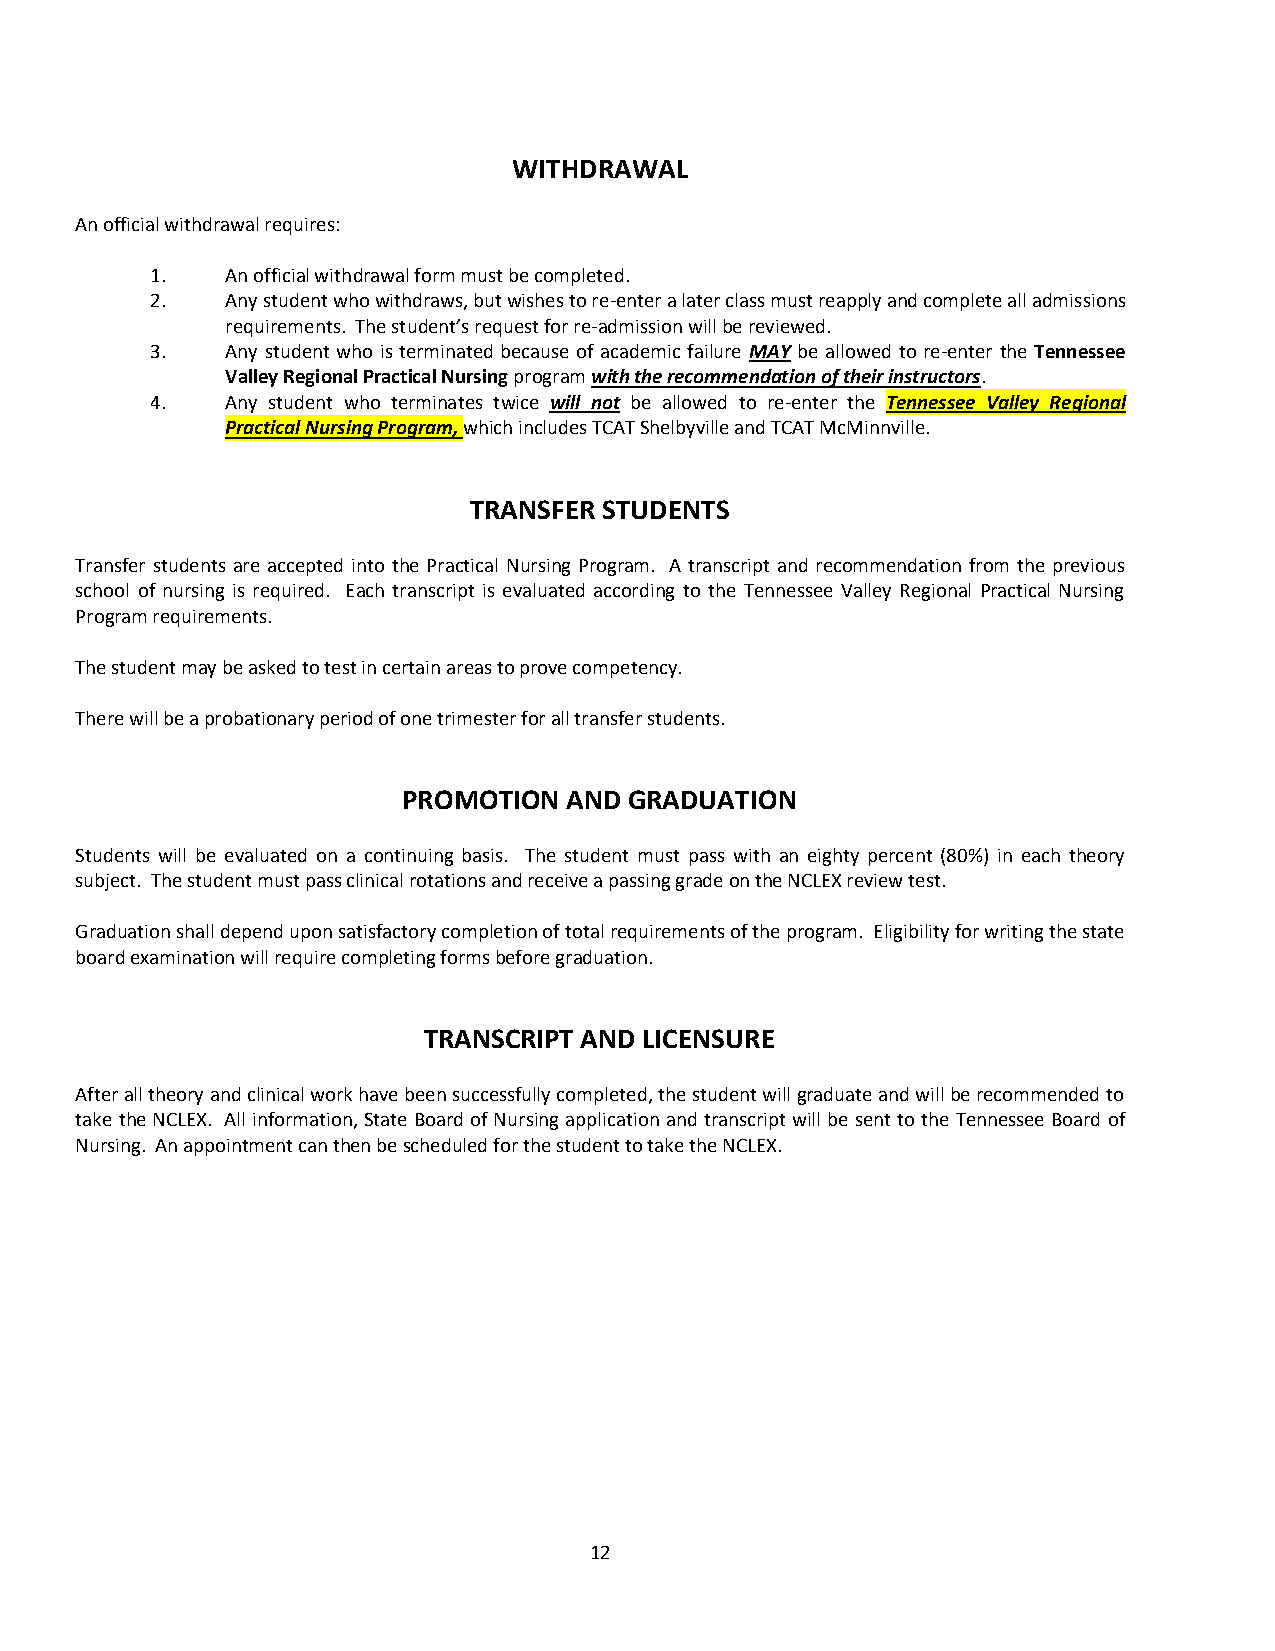
WITHDRAWAL
 An official withdrawal requires:
 1.   An official withdrawal form must be completed.
 2.   Any student who withdraws, but wishes to re-enter a later class must reapply and complete all admissions
 requirements. The student’s request for re-admission will be reviewed.
 3.   Any student who is terminated because of academic failure MAY be allowed to re-enter the Tennessee
 Valley Regional Practical Nursing program with the recommendation of their instructors.
 4.   Any student who terminates twice will not be allowed to re-enter the Tennessee Valley Regional
 Practical Nursing Program, which includes TCAT Shelbyville and TCAT McMinnville.
 TRANSFER STUDENTS
 Transfer students are accepted into the Practical Nursing Program. A transcript and recommendation from the previous
 school of nursing is required. Each transcript is evaluated according to the Tennessee Valley Regional Practical Nursing
 Program requirements.
 The student may be asked to test in certain areas to prove competency.
 There will be a probationary period of one trimester for all transfer students.
 PROMOTION  AND GRADUATION
 Students will be evaluated on a continuing basis. The student must pass with an eighty percent (80%) in each theory
 subject. The student must pass clinical rotations and receive a passing grade on the NCLEX review test.
 Graduation shall depend upon satisfactory completion of total requirements of the program. Eligibility for writing the state
 board examination will require completing forms before graduation.
 TRANSCRIPT AND LICENSURE
 After all theory and clinical work have been successfully completed, the student will graduate and will be recommended to
 take the NCLEX. All information, State Board of Nursing application and transcript will be sent to the Tennessee Board of
 Nursing. An appointment can then be scheduled for the student to take the NCLEX.
 12